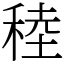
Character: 稑